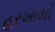
હરખાયો